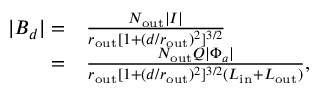
\begin{array} { r l } { | B _ { d } | = } & { \frac { N _ { \mathrm { o u t } } | I | } { r _ { \mathrm { o u t } } [ 1 + ( d / r _ { \mathrm { o u t } } ) ^ { 2 } ] ^ { 3 / 2 } } } \\ { = } & { \frac { N _ { \mathrm { o u t } } Q | \Phi _ { a } | } { r _ { \mathrm { o u t } } [ 1 + ( d / r _ { \mathrm { o u t } } ) ^ { 2 } ] ^ { 3 / 2 } ( L _ { \mathrm { i n } } + L _ { \mathrm { o u t } } ) } , } \end{array}